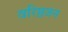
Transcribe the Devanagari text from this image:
वरिष्ठजन